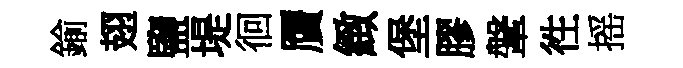
鍮翅鹽堤徊贋緻堡膠鞶徃摇